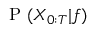
\mathrm { ~ P ~ } ( X _ { 0 : T } | f )